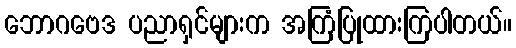
ဘောဂဗေဒ ပညာရှင်များက အကြံပြုထားကြပါတယ်။